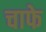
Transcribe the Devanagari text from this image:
चाफे